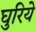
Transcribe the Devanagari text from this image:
घुरिये